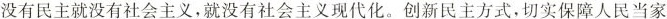
没有民主就没有社会主义，就没有社会主义现代化。创新民主方式，切实保障人民当家